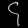
Digit: ၄